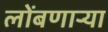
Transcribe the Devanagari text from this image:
लोंबणाऱ्या